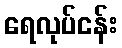
ရေလုပ်ငန်း